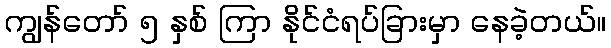
ကျွန်တော် ၅ နှစ် ကြာ နိုင်ငံရပ်ခြားမှာ နေခဲ့တယ်။